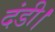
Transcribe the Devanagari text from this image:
दंडी।